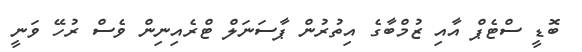
ބޮޑީ ސްޓެޕް އާއި ޒުމްބާގެ އިތުރުން ޕާސަނަލް ޓްރެއިނިން ވެސް ރުހޭ ވަނީ